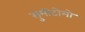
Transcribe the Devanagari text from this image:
सुमीटोमो